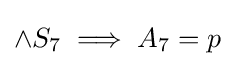
\land S_{7}\implies A_{7}=p